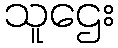
သူဌေး